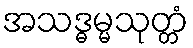
အသဒ္ဓမ္မသုတ္တံ